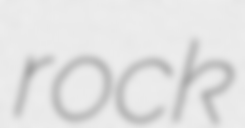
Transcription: rock